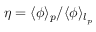
\eta = { \langle \phi \rangle _ { p } } / { \langle \phi \rangle _ { l _ { p } } }